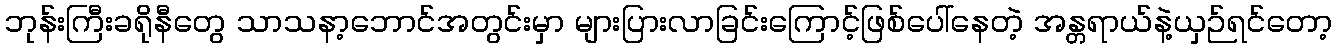
ဘုန်းကြီးခရိုနီတွေ သာသနာ့ဘောင်အတွင်းမှာ များပြားလာခြင်းကြောင့်ဖြစ်ပေါ်နေတဲ့ အန္တရာယ်နဲ့ယှဉ်ရင်တော့